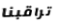
تراقبنا